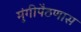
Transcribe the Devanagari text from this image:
मुंगीपैठणास